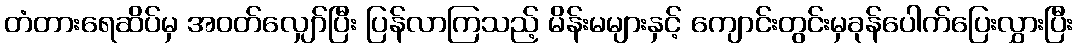
တံတားရေဆိပ်မှ အဝတ်လျှော်ပြီး ပြန်လာကြသည့် မိန်းမများနှင့် ကျောင်းတွင်းမှခုန်ပေါက်ပြေးလွှားပြီး